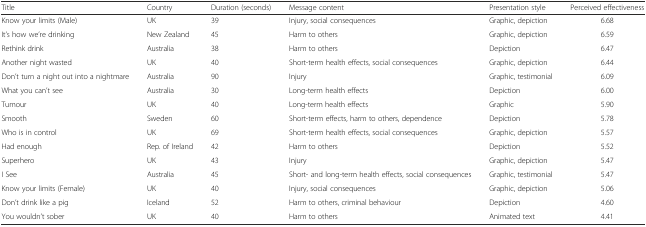
<table><thead><tr><td><b>Title</b></td><td><b>Country</b></td><td><b>Duration (seconds)</b></td><td><b>Message content</b></td><td><b>Presentation style</b></td><td><b>Perceived effectiveness</b></td></tr></thead><tbody><tr><td>Know your limits (Male)</td><td>UK</td><td>39</td><td>Injury, social consequences</td><td>Graphic, depiction</td><td>6.68</td></tr><tr><td>It’s how we’re drinking</td><td>New Zealand</td><td>45</td><td>Harm to others</td><td>Graphic, depiction</td><td>6.59</td></tr><tr><td>Rethink drink</td><td>Australia</td><td>38</td><td>Harm to others</td><td>Depiction</td><td>6.47</td></tr><tr><td>Another night wasted</td><td>UK</td><td>40</td><td>Short-term health effects, social consequences</td><td>Graphic, depiction</td><td>6.44</td></tr><tr><td>Don’t turn a night out into a nightmare</td><td>Australia</td><td>90</td><td>Injury</td><td>Graphic, testimonial</td><td>6.09</td></tr><tr><td>What you can’t see</td><td>Australia</td><td>30</td><td>Long-term health effects</td><td>Depiction</td><td>6.00</td></tr><tr><td>Tumour</td><td>UK</td><td>40</td><td>Long-term health effects</td><td>Graphic</td><td>5.90</td></tr><tr><td>Smooth</td><td>Sweden</td><td>60</td><td>Short-term effects, harm to others, dependence</td><td>Depiction</td><td>5.78</td></tr><tr><td>Who is in control</td><td>UK</td><td>69</td><td>Short-term health effects, social consequences</td><td>Graphic, depiction</td><td>5.57</td></tr><tr><td>Had enough</td><td>Rep. of Ireland</td><td>42</td><td>Harm to others</td><td>Depiction</td><td>5.52</td></tr><tr><td>Superhero</td><td>UK</td><td>43</td><td>Injury</td><td>Graphic, depiction</td><td>5.47</td></tr><tr><td>I See</td><td>Australia</td><td>45</td><td>Short- and long-term health effects, social consequences</td><td>Graphic, testimonial</td><td>5.47</td></tr><tr><td>Know your limits (Female)</td><td>UK</td><td>40</td><td>Injury, social consequences</td><td>Graphic, depiction</td><td>5.06</td></tr><tr><td>Don’t drink like a pig</td><td>Iceland</td><td>52</td><td>Harm to others, criminal behaviour</td><td>Depiction</td><td>4.60</td></tr><tr><td>You wouldn’t sober</td><td>UK</td><td>40</td><td>Harm to others</td><td>Animated text</td><td>4.41</td></tr></tbody></table>